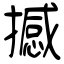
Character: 撼